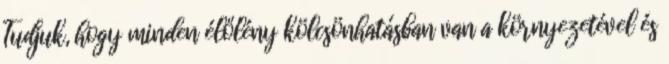
Tudjuk, hogy minden élőlény kölcsönhatásban van a környezetével és